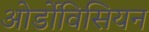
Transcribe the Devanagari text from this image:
ओर्डोविसियन